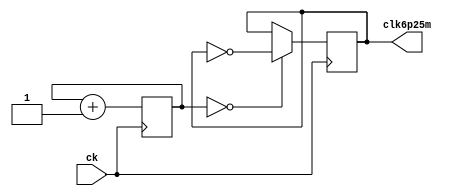
`timescale 1ns / 1ps

//clcok divider for the frequency for the displat screen

module clock(input ck, output reg clk6p25m );

    reg [2:0] COUNT = 3'b0;

    always @ (posedge ck) begin 
        COUNT <= COUNT + 1;
        clk6p25m <= (COUNT == 3'b0)?~clk6p25m:clk6p25m;
    end

endmodule